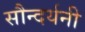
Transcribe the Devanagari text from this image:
सौन्दर्यनी